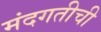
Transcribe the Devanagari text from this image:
मंदगतीची